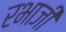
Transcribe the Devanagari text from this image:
रभाजी